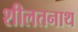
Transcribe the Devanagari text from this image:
शीलतनाथ